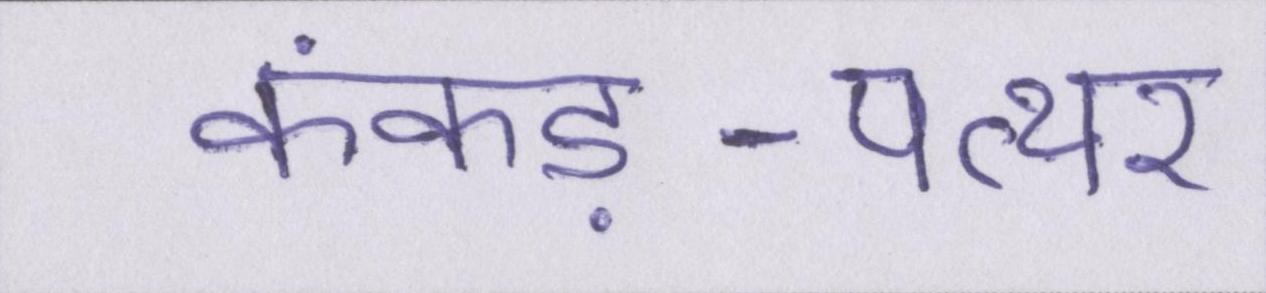
कंकड़-पत्थर